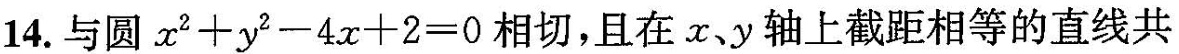
14.与圆$$x ^ { 2 } + y ^ { 2 } - 4 x + 2 = 0$$相切，且在xy轴上截距相等的直线共